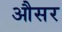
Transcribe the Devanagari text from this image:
औसर